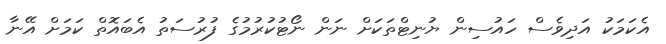
އެކަމަކު އަދިވެސް ހައުސިން ޔުނިޓްތަކަށް ނަން ނޯޓުކުރުމުގެ ފުރުސަތު އެބައޮތް ކަމަށް އޭނާ